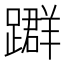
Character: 𨆤